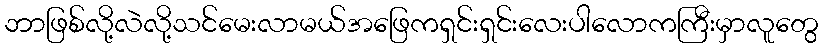
ဘာဖြစ်လို့လဲလို့သင်မေးလာမယ်အဖြေကရှင်းရှင်းလေးပါလောကကြီးမှာလူတွေ